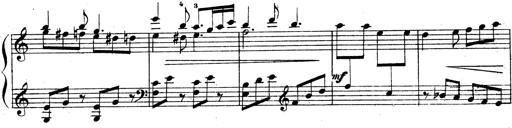
Title: 3 Sonatinas for Piano
Composer: Vissarion Shebalin